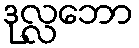
ဒုလ္လဘော